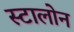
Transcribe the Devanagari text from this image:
स्टालोन